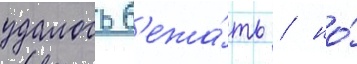
удалось б'ежа́ть / но́